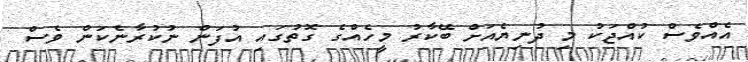
އެއްވެސް ކުއްޖަކު މި ދުނިޔެއަށް ބޭކާރު މީހެއްގެ ގޮތުގައި އުފަން ނުކުރާނެކަން ވެސް